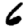
Digit: 6